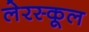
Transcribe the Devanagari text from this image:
लेरस्कूल